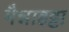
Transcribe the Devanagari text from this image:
मैन्नाहट्टा